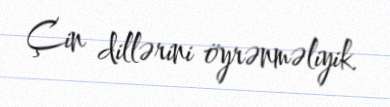
Çin dillərini öyrənməliyik.